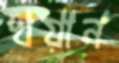
খয়ান